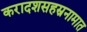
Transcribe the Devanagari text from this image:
करादशसहस्रनामात